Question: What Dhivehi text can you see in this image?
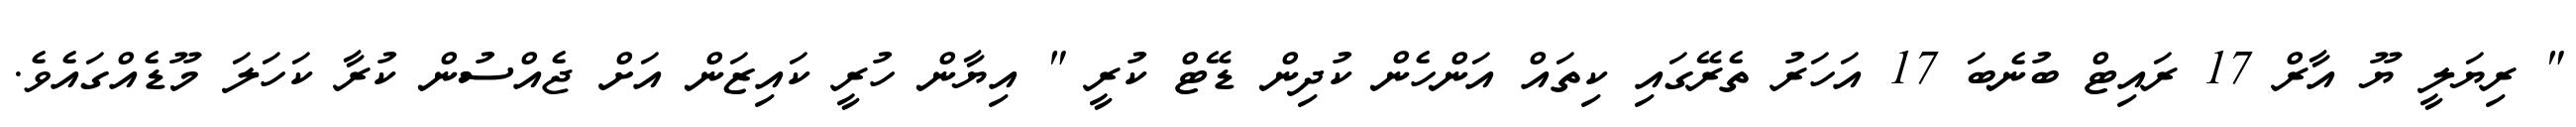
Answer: " ރިޔަލީ ޔޫ އާރް 17 ރައިޓް ބުނެބަ 17 އަހަރު ތެރޭގައި ކިތައް އަންހެން ކުދިން ޑޭޓް ކުރީ " އިޔާން ހުރީ ކައިޒަން އަށް ޖެއްސުން ކުރާ ކަހަލަ މޫޑެއްގައެވެ.